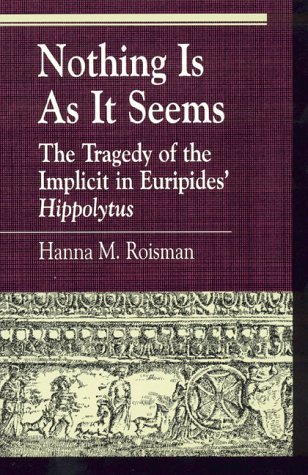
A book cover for Nothing Is as it Seems; Hanna M. Roisman; Literature & Fiction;